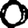
Digit: 0